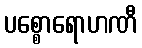
ပစ္စောရောဟဏီ